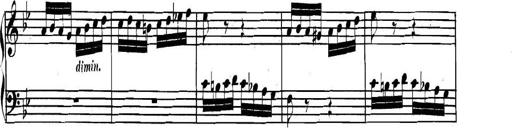
Title: Collected Piano Sonatas
Composer: Muzio Clementi